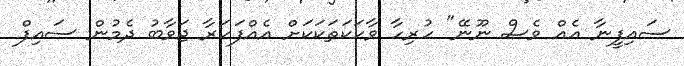
ސައިފީނާ އެއް ވެސް ނޫނޭ" ހުރިހާ ވާހަކަތަކަކަށް އެއްފަހަރާ ޖަވާބު ދެމުން ސައިފް